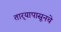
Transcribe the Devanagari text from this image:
तार्‍यापासूनचे